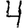
Digit: 4